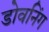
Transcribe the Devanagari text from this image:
डोवनिंग